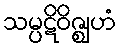
သမ္ပဋိဝိဇ္ဈဟံ